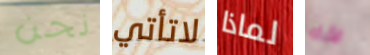
نحن لاتأتي لماذا الأباء